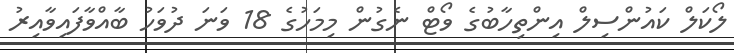
ލޯކަލް ކައުންސިލް އިންތިހާބުގެ ވޯޓް ނެގުން މިމަހުގެ 18 ވަނަ ދުވަހު ބާއްވާފައިވާއިރު